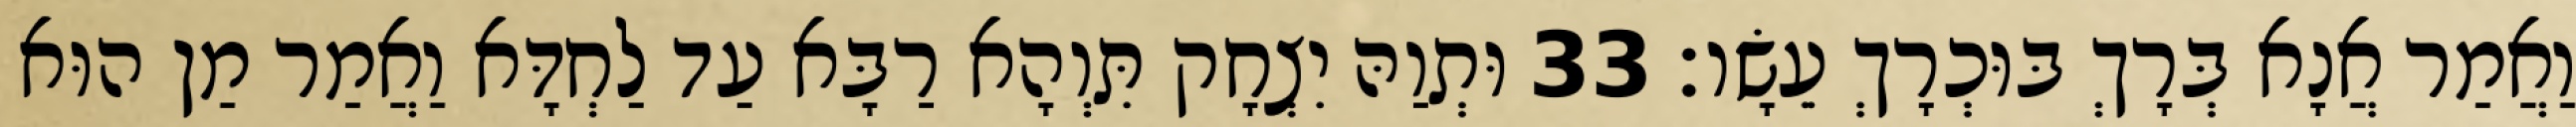
וַאֲמַר אֲנָא בְּרָךְ בּוּכְרָךְ עֵשָׂו׃ 33 וּתְוַהּ יִצְחָק תִּוְהָא רַבָּא עַד לַחְדָּא וַאֲמַר מַן הוּא